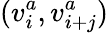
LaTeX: (v_{i}^{a},v_{i+j}^{a})